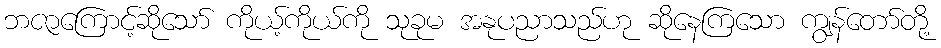
ဘဇာကြောင့်ဆိုသော် ကိုယ့်ကိုယ်ကို သုခုမ အနုပညာသည်ဟု ဆိုနေကြသော ကျွန်တော်တို့